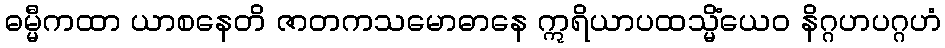
ဓမ္မီကထာ ယာစနေတိ ဇာတကသမောဓာနေ ဣရိယာပထသ္မိံယေဝ နိဂ္ဂဟပဂ္ဂဟံ